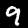
Label: 9